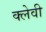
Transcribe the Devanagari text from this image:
क्लेवी